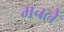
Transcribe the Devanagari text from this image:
मचलें